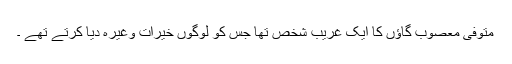
متوفی معصوب گاؤں کا ایک غریب شخص تھا جس کو لوگوں خیرات وغیرہ دیا کرتے تھے ۔